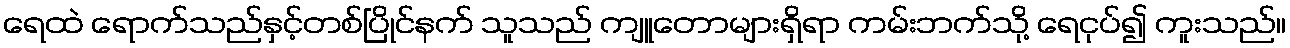
ရေထဲ ရောက်သည်နှင့်တစ်ပြိုင်နက် သူသည် ကျူတောများရှိရာ ကမ်းဘက်သို့ ရေငုပ်၍ ကူးသည်။